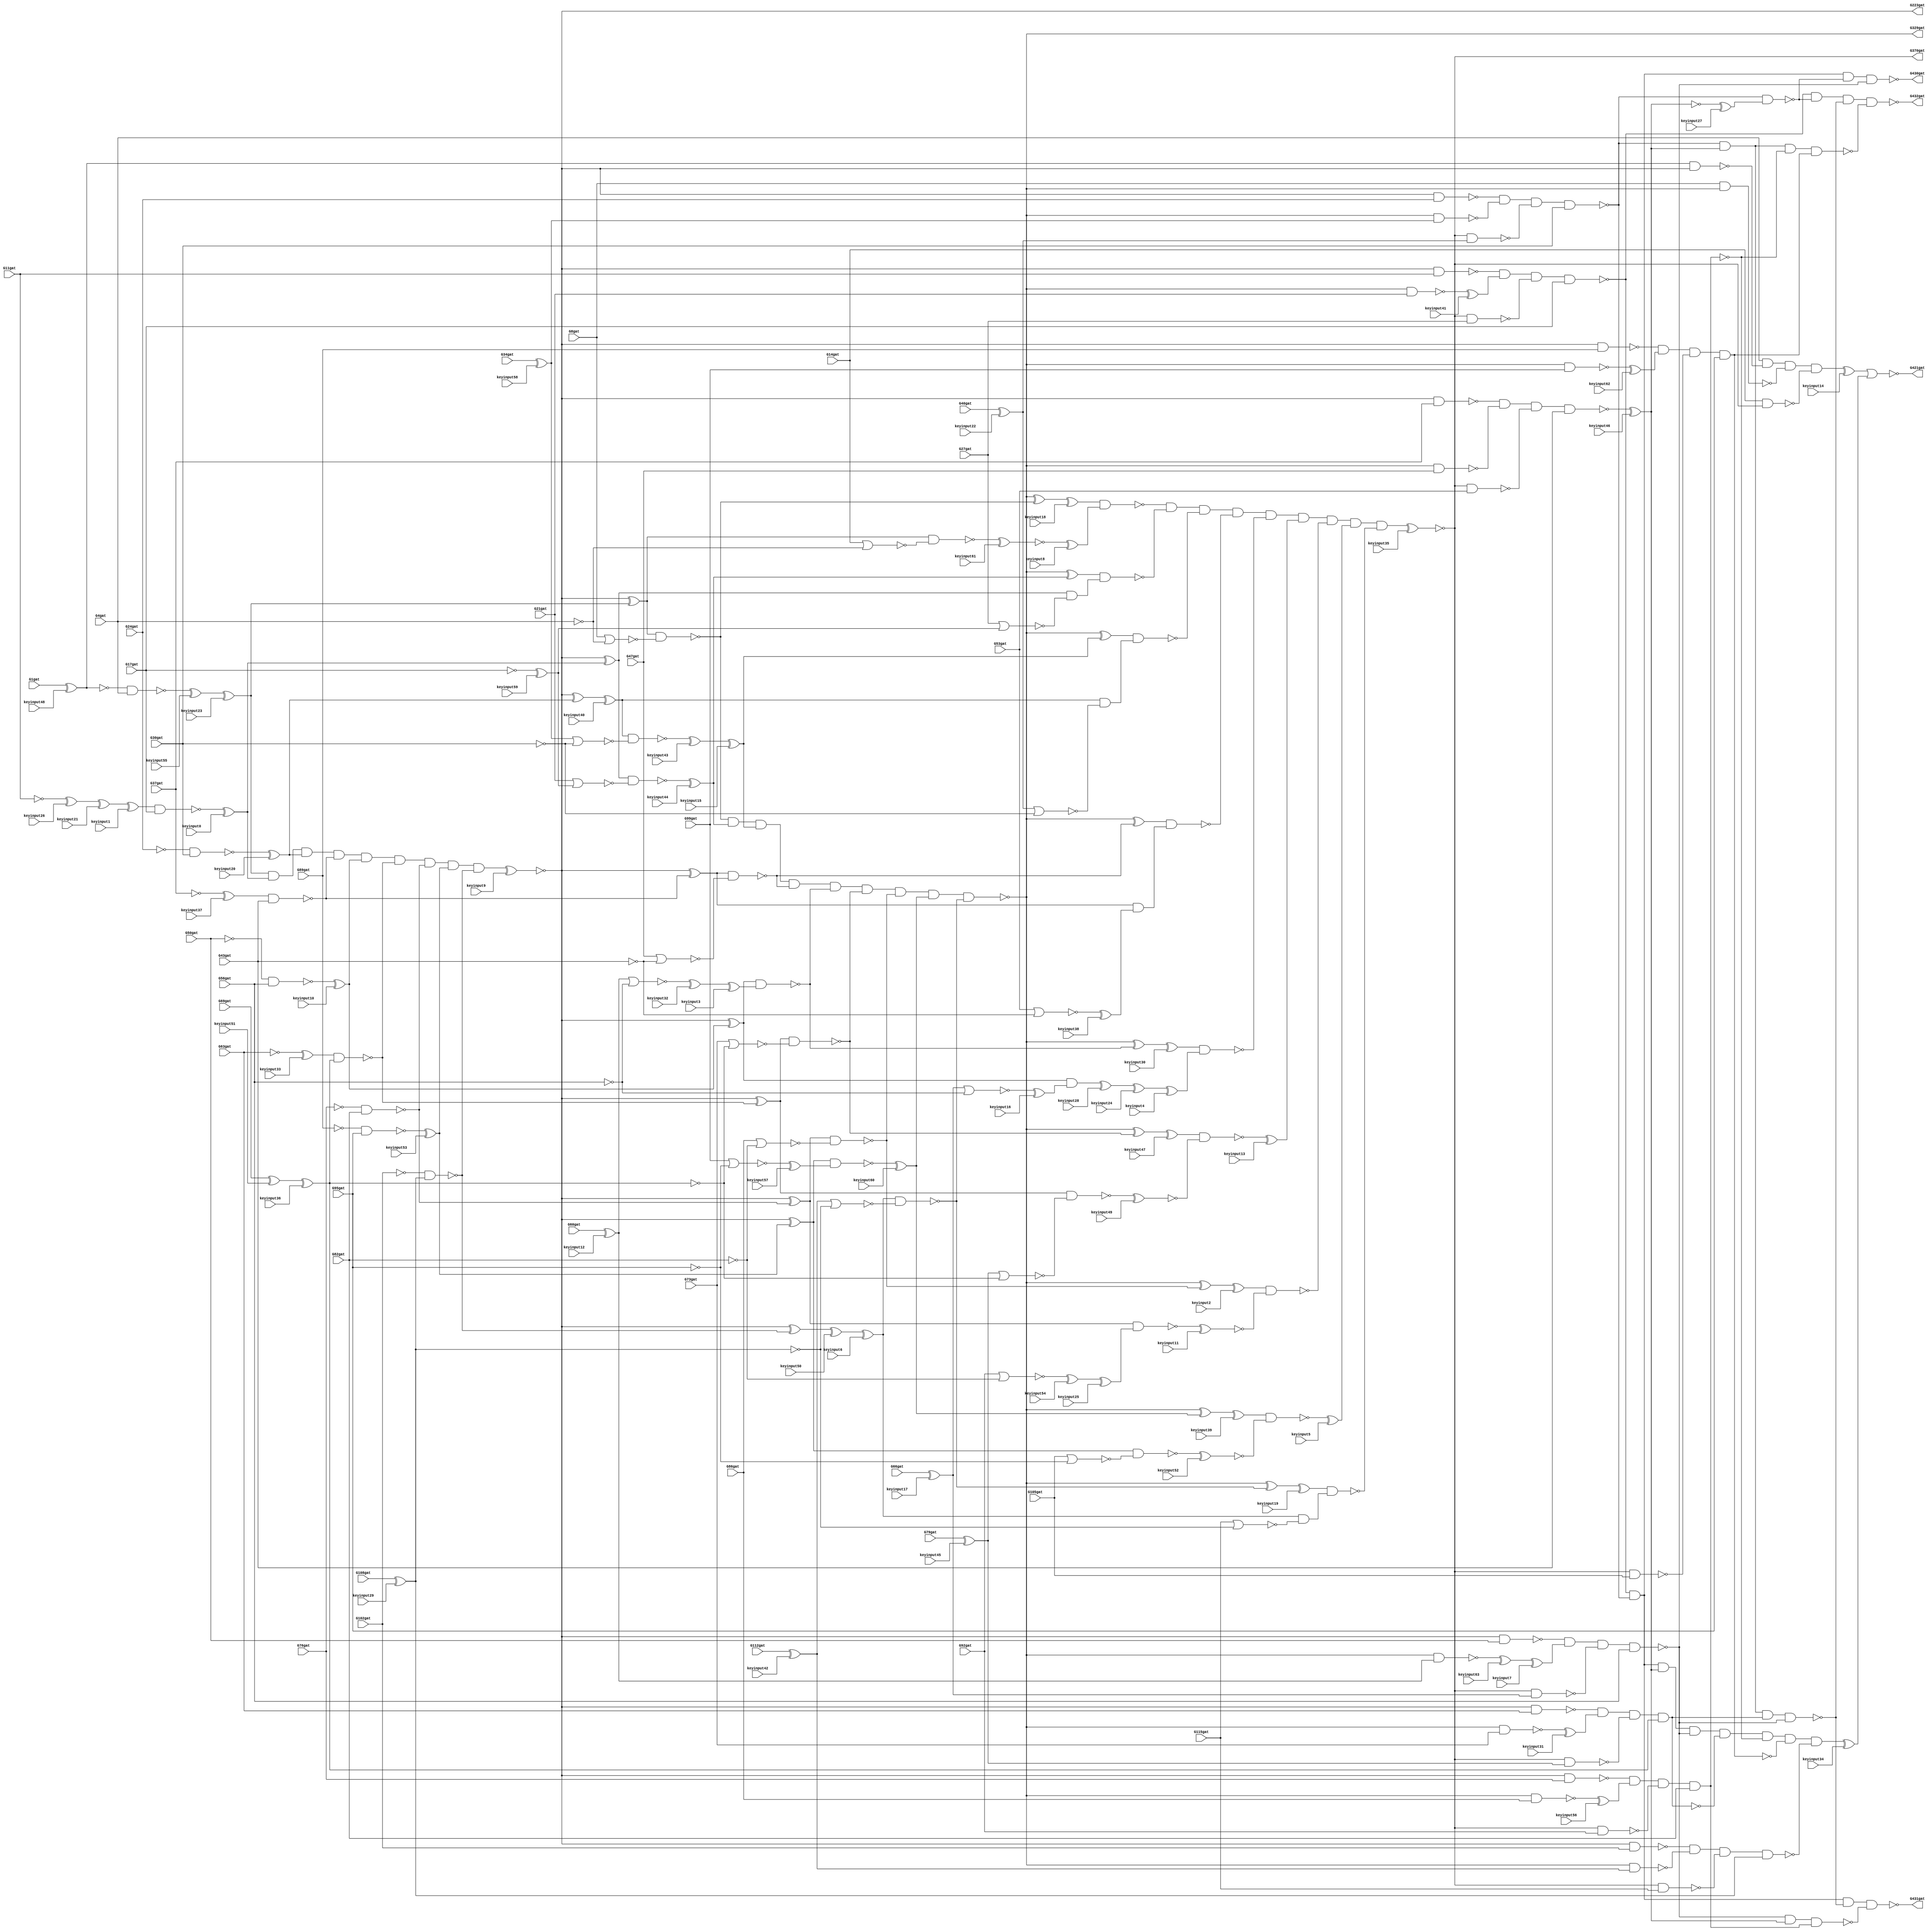
// Verilog File 
module c432_xrnd_64 (G1gat,G4gat,G8gat,G11gat,G14gat,G17gat,G21gat,G24gat,G27gat,
G30gat,G34gat,G37gat,G40gat,G43gat,G47gat,G50gat,G53gat,G56gat,G60gat,
G63gat,G66gat,G69gat,G73gat,G76gat,G79gat,G82gat,G86gat,G89gat,G92gat,
G95gat,G99gat,G102gat,G105gat,G108gat,G112gat,G115gat,G223gat,G329gat,G370gat,
G421gat,G430gat,G431gat,G432gat,keyinput0,keyinput1,keyinput2,keyinput3,keyinput4,keyinput5,
keyinput6,keyinput7,keyinput8,keyinput9,keyinput10,keyinput11,keyinput12,keyinput13,keyinput14,keyinput15,
keyinput16,keyinput17,keyinput18,keyinput19,keyinput20,keyinput21,keyinput22,keyinput23,keyinput24,keyinput25,
keyinput26,keyinput27,keyinput28,keyinput29,keyinput30,keyinput31,keyinput32,keyinput33,keyinput34,keyinput35,
keyinput36,keyinput37,keyinput38,keyinput39,keyinput40,keyinput41,keyinput42,keyinput43,keyinput44,keyinput45,
keyinput46,keyinput47,keyinput48,keyinput49,keyinput50,keyinput51,keyinput52,keyinput53,keyinput54,keyinput55,
keyinput56,keyinput57,keyinput58,keyinput59,keyinput60,keyinput61,keyinput62,keyinput63);

input G1gat,G4gat,G8gat,G11gat,G14gat,G17gat,G21gat,G24gat,G27gat,
G30gat,G34gat,G37gat,G40gat,G43gat,G47gat,G50gat,G53gat,G56gat,G60gat,
G63gat,G66gat,G69gat,G73gat,G76gat,G79gat,G82gat,G86gat,G89gat,G92gat,
G95gat,G99gat,G102gat,G105gat,G108gat,G112gat,G115gat,keyinput0,keyinput1,keyinput2,
keyinput3,keyinput4,keyinput5,keyinput6,keyinput7,keyinput8,keyinput9,keyinput10,keyinput11,keyinput12,
keyinput13,keyinput14,keyinput15,keyinput16,keyinput17,keyinput18,keyinput19,keyinput20,keyinput21,keyinput22,
keyinput23,keyinput24,keyinput25,keyinput26,keyinput27,keyinput28,keyinput29,keyinput30,keyinput31,keyinput32,
keyinput33,keyinput34,keyinput35,keyinput36,keyinput37,keyinput38,keyinput39,keyinput40,keyinput41,keyinput42,
keyinput43,keyinput44,keyinput45,keyinput46,keyinput47,keyinput48,keyinput49,keyinput50,keyinput51,keyinput52,
keyinput53,keyinput54,keyinput55,keyinput56,keyinput57,keyinput58,keyinput59,keyinput60,keyinput61,keyinput62,
keyinput63;


output G223gat,G329gat,G370gat,G421gat,G430gat,G431gat,G432gat;

wire G118gat,G119gat,G122gat,G123gat,G126gat,G127gat,G130gat,G131gat,G134gat,
G135gat,G138gat,G139gat,G142gat,G143gat,G146gat,G147gat,G150gat,G151gat,G154gat,
G157gat,G158gat,G159gat,G162gat,G165gat,G168gat,G171gat,G174gat,G177gat,G180gat,
G183gat,G184gat,G185gat,G186gat,G187gat,G188gat,G189gat,G190gat,G191gat,G192gat,
G193gat,G194gat,G195gat,G196gat,G197gat,G198gat,G199gat,G203gat,G213gat,G224gat,
G227gat,G230gat,G233gat,G236gat,G239gat,G242gat,G243gat,G246gat,G247gat,G250gat,
G251gat,G254gat,G255gat,G256gat,G257gat,G258gat,G259gat,G260gat,G263gat,G264gat,
G267gat,G270gat,G273gat,G276gat,G279gat,G282gat,G285gat,G288gat,G289gat,G290gat,
G291gat,G292gat,G293gat,G294gat,G295gat,G296gat,G300gat,G301gat,G302gat,G303gat,
G304gat,G305gat,G306gat,G307gat,G308gat,G309gat,G319gat,G330gat,G331gat,G332gat,
G333gat,G334gat,G335gat,G336gat,G337gat,G338gat,G339gat,G340gat,G341gat,G342gat,
G343gat,G344gat,G345gat,G346gat,G347gat,G348gat,G349gat,G350gat,G351gat,G352gat,
G353gat,G354gat,G355gat,G356gat,G357gat,G360gat,G371gat,G372gat,G373gat,G374gat,
G375gat,G376gat,G377gat,G378gat,G379gat,G380gat,G381gat,G386gat,G393gat,G399gat,
G404gat,G407gat,G411gat,G414gat,G415gat,G416gat,G417gat,G418gat,G419gat,G420gat,
G422gat,G425gat,G428gat,G429gat,xenc0,xenc1,xenc2,xenc3,xenc4,xenc5,
xenc6,xenc7,xenc8,xenc9,xenc10,xenc11,xenc12,xenc13,xenc14,xenc15,
xenc16,xenc17,xenc18,xenc19,xenc20,xenc21,xenc22,xenc23,xenc24,xenc25,
xenc26,xenc27,xenc28,xenc29,xenc30,xenc31,xenc32,xenc33,xenc34,xenc35,
xenc36,xenc37,xenc38,xenc39,xenc40,xenc41,xenc42,xenc43,xenc44,xenc45,
xenc46,xenc47,xenc48,xenc49,xenc50,xenc51,xenc52,xenc53,xenc54,xenc55,
xenc56,xenc57,xenc58,xenc59,xenc60,xenc61,xenc62,xenc63;

not gate_0(G118gat,xenc48);
not gate_1(G119gat,G4gat);
not gate_2(G122gat,G11gat);
not gate_3(G123gat,G17gat);
not gate_4(G126gat,G24gat);
not gate_5(G127gat,G30gat);
not gate_6(G130gat,G37gat);
not gate_7(G131gat,G43gat);
not gate_8(G134gat,G50gat);
not gate_9(G135gat,G56gat);
not gate_10(G138gat,G63gat);
not gate_11(G139gat,xenc36);
not gate_12(G142gat,G76gat);
not gate_13(G143gat,G82gat);
not gate_14(G146gat,G89gat);
not gate_15(G147gat,G95gat);
not gate_16(G150gat,G102gat);
not gate_17(G151gat,xenc29);
nand gate_18(G154gat,G118gat,G4gat);
nor gate_19(G157gat,G8gat,G119gat);
nor gate_20(G158gat,G14gat,G119gat);
nand gate_21(G159gat,xenc1,G17gat);
nand gate_22(G162gat,G126gat,G30gat);
nand gate_23(G165gat,xenc37,G43gat);
nand gate_24(G168gat,G134gat,G56gat);
nand gate_25(G171gat,xenc33,xenc36);
nand gate_26(G174gat,G142gat,G82gat);
nand gate_27(G177gat,G146gat,G95gat);
nand gate_28(G180gat,G150gat,xenc29);
nor gate_29(G183gat,G21gat,xenc59);
nor gate_30(G184gat,G27gat,xenc59);
nor gate_31(G185gat,xenc58,G127gat);
nor gate_32(G186gat,xenc22,G127gat);
nor gate_33(G187gat,G47gat,G131gat);
nor gate_34(G188gat,G53gat,G131gat);
nor gate_35(G189gat,xenc12,G135gat);
nor gate_36(G190gat,xenc17,G135gat);
nor gate_37(G191gat,G73gat,G139gat);
nor gate_38(G192gat,xenc45,G139gat);
nor gate_39(G193gat,G86gat,G143gat);
nor gate_40(G194gat,G92gat,G143gat);
nor gate_41(G195gat,G99gat,G147gat);
nor gate_42(G196gat,G105gat,G147gat);
nor gate_43(G197gat,xenc42,G151gat);
nor gate_44(G198gat,G115gat,G151gat);
and gate_45(G199gat,xenc23,xenc0,xenc20,G165gat,xenc10,G171gat,G174gat,xenc53,G180gat);
not gate_46(G203gat,xenc9);
not gate_47(G213gat,xenc9);
not gate_48(G223gat,xenc9);
xor gate_49(G224gat,G203gat,xenc23);
xor gate_50(G227gat,G203gat,xenc0);
xor gate_51(G230gat,G203gat,xenc20);
xor gate_52(G233gat,G203gat,G165gat);
xor gate_53(G236gat,G203gat,xenc10);
xor gate_54(G239gat,G203gat,G171gat);
nand gate_55(G242gat,xenc48,G213gat);
xor gate_56(G243gat,G203gat,G174gat);
nand gate_57(G246gat,G213gat,G11gat);
xor gate_58(G247gat,G203gat,xenc53);
nand gate_59(G250gat,G213gat,G24gat);
xor gate_60(G251gat,G203gat,G180gat);
nand gate_61(G254gat,G213gat,G37gat);
nand gate_62(G255gat,G213gat,G50gat);
nand gate_63(G256gat,G213gat,G63gat);
nand gate_64(G257gat,G213gat,G76gat);
nand gate_65(G258gat,G213gat,G89gat);
nand gate_66(G259gat,G213gat,G102gat);
nand gate_67(G260gat,G224gat,G157gat);
nand gate_68(G263gat,G224gat,G158gat);
nand gate_69(G264gat,G227gat,G183gat);
nand gate_70(G267gat,xenc40,G185gat);
nand gate_71(G270gat,G233gat,G187gat);
nand gate_72(G273gat,G236gat,xenc3);
nand gate_73(G276gat,G239gat,G191gat);
nand gate_74(G279gat,G243gat,G193gat);
nand gate_75(G282gat,G247gat,xenc57);
nand gate_76(G285gat,xenc6,G197gat);
nand gate_77(G288gat,G227gat,G184gat);
nand gate_78(G289gat,xenc40,G186gat);
nand gate_79(G290gat,G233gat,xenc38);
nand gate_80(G291gat,G236gat,xenc16);
nand gate_81(G292gat,G239gat,G192gat);
nand gate_82(G293gat,G243gat,xenc25);
nand gate_83(G294gat,G247gat,G196gat);
nand gate_84(G295gat,xenc6,G198gat);
and gate_85(G296gat,G260gat,xenc44,xenc15,G270gat,G273gat,G276gat,G279gat,xenc60,G285gat);
not gate_86(G300gat,xenc61);
not gate_87(G301gat,G288gat);
not gate_88(G302gat,G289gat);
not gate_89(G303gat,G290gat);
not gate_90(G304gat,G291gat);
not gate_91(G305gat,xenc49);
not gate_92(G306gat,xenc11);
not gate_93(G307gat,xenc52);
not gate_94(G308gat,G295gat);
not gate_95(G309gat,G296gat);
not gate_96(G319gat,G296gat);
not gate_97(G329gat,G296gat);
xor gate_98(G330gat,G309gat,G260gat);
xor gate_99(G331gat,G309gat,xenc44);
xor gate_100(G332gat,G309gat,xenc15);
xor gate_101(G333gat,G309gat,G270gat);
nand gate_102(G334gat,G8gat,G319gat);
xor gate_103(G335gat,G309gat,G273gat);
nand gate_104(G336gat,G319gat,G21gat);
xor gate_105(G337gat,G309gat,G276gat);
nand gate_106(G338gat,G319gat,xenc58);
xor gate_107(G339gat,G309gat,G279gat);
nand gate_108(G340gat,G319gat,G47gat);
xor gate_109(G341gat,G309gat,xenc60);
nand gate_110(G342gat,G319gat,xenc12);
xor gate_111(G343gat,G309gat,G285gat);
nand gate_112(G344gat,G319gat,G73gat);
nand gate_113(G345gat,G319gat,G86gat);
nand gate_114(G346gat,G319gat,G99gat);
nand gate_115(G347gat,G319gat,xenc42);
nand gate_116(G348gat,xenc18,xenc8);
nand gate_117(G349gat,G331gat,G301gat);
nand gate_118(G350gat,G332gat,G302gat);
nand gate_119(G351gat,G333gat,G303gat);
nand gate_120(G352gat,xenc30,xenc4);
nand gate_121(G353gat,xenc47,G305gat);
nand gate_122(G354gat,xenc2,G306gat);
nand gate_123(G355gat,xenc39,G307gat);
nand gate_124(G356gat,xenc19,G308gat);
and gate_125(G357gat,G348gat,G349gat,G350gat,G351gat,G352gat,xenc13,G354gat,xenc5,G356gat);
not gate_126(G360gat,xenc35);
not gate_127(G370gat,xenc35);
nand gate_128(G371gat,G14gat,G360gat);
nand gate_129(G372gat,G360gat,G27gat);
nand gate_130(G373gat,G360gat,xenc22);
nand gate_131(G374gat,G360gat,G53gat);
nand gate_132(G375gat,G360gat,xenc17);
nand gate_133(G376gat,G360gat,xenc45);
nand gate_134(G377gat,G360gat,G92gat);
nand gate_135(G378gat,G360gat,G105gat);
nand gate_136(G379gat,G360gat,G115gat);
nand gate_137(G380gat,G4gat,G242gat,G334gat,G371gat);
nand gate_138(G381gat,G246gat,xenc41,G372gat,G17gat);
nand gate_139(G386gat,G250gat,G338gat,G373gat,G30gat);
nand gate_140(G393gat,G254gat,G340gat,G374gat,G43gat);
nand gate_141(G399gat,G255gat,xenc7,G375gat,G56gat);
nand gate_142(G404gat,G256gat,xenc31,G376gat,xenc36);
nand gate_143(G407gat,G257gat,xenc56,G377gat,G82gat);
nand gate_144(G411gat,G258gat,xenc62,G378gat,G95gat);
nand gate_145(G414gat,G259gat,G347gat,G379gat,xenc29);
not gate_146(G415gat,G380gat);
and gate_147(G416gat,G381gat,G386gat,xenc46,G399gat,G404gat,G407gat,G411gat,G414gat);
not gate_148(G417gat,xenc46);
not gate_149(G418gat,G404gat);
not gate_150(G419gat,G407gat);
not gate_151(G420gat,G411gat);
nor gate_152(G421gat,xenc14,xenc34);
nand gate_153(G422gat,G386gat,xenc27);
nand gate_154(G425gat,G386gat,xenc46,G418gat,G399gat);
nand gate_155(G428gat,G399gat,xenc46,G419gat);
nand gate_156(G429gat,G386gat,xenc46,G407gat,G420gat);
nand gate_157(G430gat,G381gat,G386gat,G422gat,G399gat);
nand gate_158(G431gat,G381gat,G386gat,G425gat,G428gat);
nand gate_159(G432gat,G381gat,G422gat,G425gat,G429gat);
xor encXOR_196(xenc0,G159gat,keyinput0);
xor encXOR_200(xenc1,xenc21,keyinput1);
xor encXOR_204(xenc2,G339gat,keyinput2);
xor encXOR_208(xenc3,xenc32,keyinput3);
xor encXOR_212(xenc4,xenc24,keyinput4);
xor encXOR_216(xenc5,G355gat,keyinput5);
xor encXOR_220(xenc6,xenc50,keyinput6);
xor encXOR_224(xenc7,xenc63,keyinput7);
xor encXOR_228(xenc8,G300gat,keyinput8);
xor encXOR_232(xenc9,G199gat,keyinput9);
xor encXOR_236(xenc10,G168gat,keyinput10);
xor encXOR_240(xenc11,G293gat,keyinput11);
xor encXOR_244(xenc12,G60gat,keyinput12);
xor encXOR_248(xenc13,G353gat,keyinput13);
xor encXOR_252(xenc14,G415gat,keyinput14);
xor encXOR_256(xenc15,xenc43,keyinput15);
xor encXOR_260(xenc16,G190gat,keyinput16);
xor encXOR_264(xenc17,G66gat,keyinput17);
xor encXOR_268(xenc18,G330gat,keyinput18);
xor encXOR_272(xenc19,G343gat,keyinput19);
xor encXOR_276(xenc20,G162gat,keyinput20);
xor encXOR_280(xenc21,xenc26,keyinput21);
xor encXOR_284(xenc22,G40gat,keyinput22);
xor encXOR_288(xenc23,xenc55,keyinput23);
xor encXOR_292(xenc24,xenc28,keyinput24);
xor encXOR_296(xenc25,xenc54,keyinput25);
xor encXOR_300(xenc26,G122gat,keyinput26);
xor encXOR_304(xenc27,G417gat,keyinput27);
xor encXOR_308(xenc28,G304gat,keyinput28);
xor encXOR_312(xenc29,G108gat,keyinput29);
xor encXOR_316(xenc30,G335gat,keyinput30);
xor encXOR_320(xenc31,G344gat,keyinput31);
xor encXOR_324(xenc32,G189gat,keyinput32);
xor encXOR_328(xenc33,G138gat,keyinput33);
xor encXOR_332(xenc34,G416gat,keyinput34);
xor encXOR_336(xenc35,G357gat,keyinput35);
xor encXOR_340(xenc36,xenc51,keyinput36);
xor encXOR_344(xenc37,G130gat,keyinput37);
xor encXOR_348(xenc38,G188gat,keyinput38);
xor encXOR_352(xenc39,G341gat,keyinput39);
xor encXOR_356(xenc40,G230gat,keyinput40);
xor encXOR_360(xenc41,G336gat,keyinput41);
xor encXOR_364(xenc42,G112gat,keyinput42);
xor encXOR_368(xenc43,G267gat,keyinput43);
xor encXOR_372(xenc44,G264gat,keyinput44);
xor encXOR_376(xenc45,G79gat,keyinput45);
xor encXOR_380(xenc46,G393gat,keyinput46);
xor encXOR_384(xenc47,G337gat,keyinput47);
xor encXOR_388(xenc48,G1gat,keyinput48);
xor encXOR_392(xenc49,G292gat,keyinput49);
xor encXOR_396(xenc50,G251gat,keyinput50);
xor encXOR_400(xenc51,G69gat,keyinput51);
xor encXOR_404(xenc52,G294gat,keyinput52);
xor encXOR_408(xenc53,G177gat,keyinput53);
xor encXOR_412(xenc54,G194gat,keyinput54);
xor encXOR_416(xenc55,G154gat,keyinput55);
xor encXOR_420(xenc56,G345gat,keyinput56);
xor encXOR_424(xenc57,G195gat,keyinput57);
xor encXOR_428(xenc58,G34gat,keyinput58);
xor encXOR_432(xenc59,G123gat,keyinput59);
xor encXOR_436(xenc60,G282gat,keyinput60);
xor encXOR_440(xenc61,G263gat,keyinput61);
xor encXOR_444(xenc62,G346gat,keyinput62);
xor encXOR_448(xenc63,G342gat,keyinput63);
endmodule